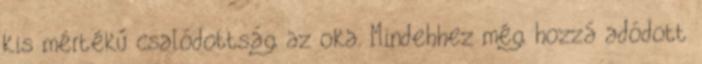
kis mértékű csalódottság az oka. Mindehhez még hozzá adódott